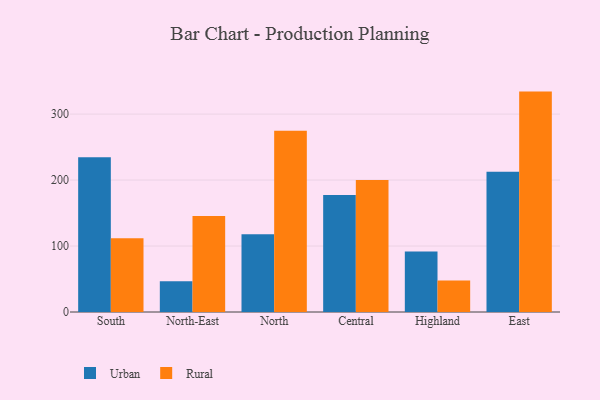
{"axis": {"x": "Region", "y": "Page Views"}, "legend": ["Rural", "Urban"], "data": [{"x": "South", "y": 234.6, "type": "Urban"}, {"x": "South", "y": 111.8, "type": "Rural"}, {"x": "North-East", "y": 46.5, "type": "Urban"}, {"x": "North-East", "y": 145.7, "type": "Rural"}, {"x": "North", "y": 118.0, "type": "Urban"}, {"x": "North", "y": 274.7, "type": "Rural"}, {"x": "Central", "y": 177.2, "type": "Urban"}, {"x": "Central", "y": 200.2, "type": "Rural"}, {"x": "Highland", "y": 91.6, "type": "Urban"}, {"x": "Highland", "y": 47.8, "type": "Rural"}, {"x": "East", "y": 212.6, "type": "Urban"}, {"x": "East", "y": 334.1, "type": "Rural"}]}